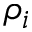
\rho _ { i }